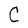
Character: C